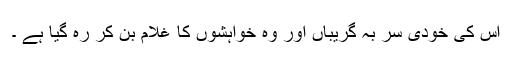
اس كی خودی سر بہ گریباں اور وہ خواہشوں كا غلام بن كر رہ گیا ہے ۔